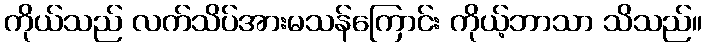
ကိုယ်သည် လက်သိပ်အားမသန်ကြောင်း ကိုယ့်ဘာသာ သိသည်။